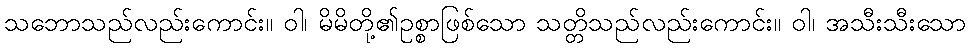
သဘောသည်လည်းကောင်း။ ဝါ၊ မိမိတို့၏ဥစ္စာဖြစ်သော သတ္တိသည်လည်းကောင်း။ ဝါ၊ အသီးသီးသော